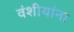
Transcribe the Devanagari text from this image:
वंशीयांना